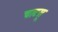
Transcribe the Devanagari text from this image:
चाटसू